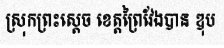
ស្រុកព្រះស្តេច ខេត្តព្រៃវែងបាន ឌុប